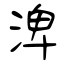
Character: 渒